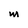
Character: M